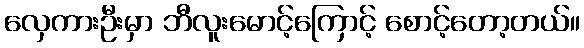
လှေကားဦးမှာ ဘီလူးမောင့်ကြောင့် စောင့်တော့တယ်။